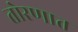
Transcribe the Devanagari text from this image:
तोरणात